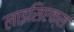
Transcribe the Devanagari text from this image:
लाइसिएक्स